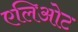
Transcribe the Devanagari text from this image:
एलिओट